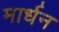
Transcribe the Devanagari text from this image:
मार्धन